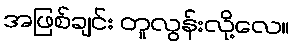
အဖြစ်ချင်း တူလွန်းလို့လေ။